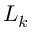
L _ { k }